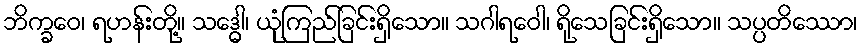
ဘိက္ခဝေ၊ ရဟန်းတို့။ သဒ္ဓေါ၊ ယုံကြည်ခြင်းရှိသော။ သဂါရဝေါ၊ ရိုသေခြင်းရှိသော။ သပ္ပတိဿော၊